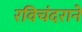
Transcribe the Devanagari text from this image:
रविचंदराने